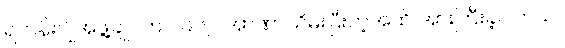
ရဟန်းပျိုအဖွဲ့ချုပ်က ၁၉၆၂ အာဏာသိမ်းပြီးတဲ့အထိ အားကြီးခဲ့ပါတယ်။